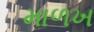
માળખ